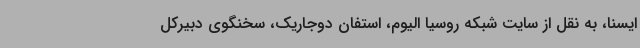
ایسنا، به نقل از سایت شبکه روسیا الیوم، استفان دوجاریک، سخنگوی دبیرکل